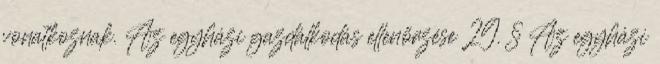
vonatkoznak. Az egyházi gazdálkodás ellenőrzése 29. § Az egyházi